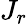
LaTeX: J_{r}